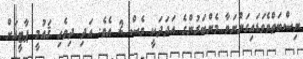
ނިސްބަތްވެވަޑައިގަންނަވާ މެންބަރުންގެ އަދަދަކީ ވެސް 2 އެވެ. އަދި ދިވެހި ޤައުމީ ޕާޓީއަށް